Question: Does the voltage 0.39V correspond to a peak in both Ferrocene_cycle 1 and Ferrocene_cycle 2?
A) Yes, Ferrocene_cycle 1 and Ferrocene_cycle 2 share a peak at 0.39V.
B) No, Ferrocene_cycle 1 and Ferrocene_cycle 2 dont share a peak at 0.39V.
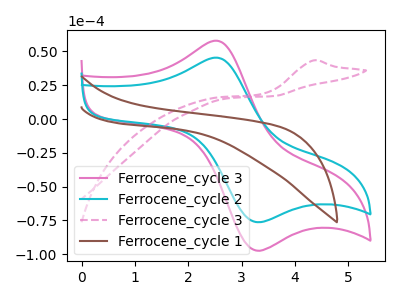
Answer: <think>The pink curve "Ferrocene_cycle 3" has an anodic peak at (2.50V, 57.95uA) and a cathodic peak at (3.25V, -96.80uA). The cyan curve "Ferrocene_cycle 2" has an anodic peak at (2.50V, 45.45uA) and a cathodic peak at (3.25V, -75.85uA). The pink dashed curve "Ferrocene_cycle 3" has an anodic peak at: (4.35V, 43.40uA). The brown curve "Ferrocene_cycle 1" has no peaks.</think>
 <answer>B) No, "Ferrocene_cycle 1" and "Ferrocene_cycle 2" dont share a peak at 0.39V.</answer>
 <eval>B</eval>